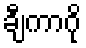
ချီကာဂို